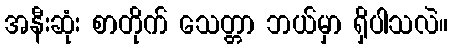
အနီးဆုံး စာတိုက် သေတ္တာ ဘယ်မှာ ရှိပါသလဲ။